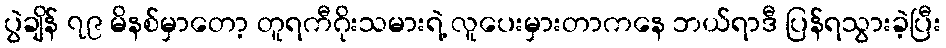
ပွဲချိန် ၇၉ မိနစ်မှာတော့ တူရကီဂိုးသမားရဲ့ လူပေးမှားတာကနေ ဘယ်ရာဒီ ပြန်ရသွားခဲ့ပြီး